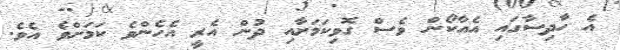
އެ ހާދިސާގައި އެއާކޯން ވެސް ގޮވިކަމަށާއި ދުން އެރީ އެހެންވެ ކަމަށްވެ އެވެ.